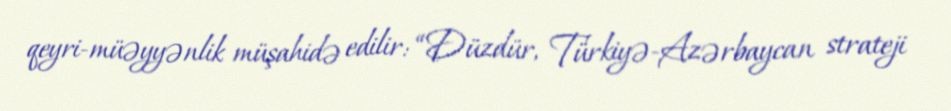
qeyri-müəyyənlik müşahidə edilir: “Düzdür, Türkiyə-Azərbaycan strateji